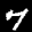
Label: 7